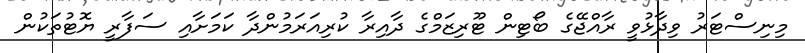
މިނިސްޓަރު ވިދާޅުވީ ރާއްޖޭގެ ބޯޓިން ޓޫރިޒަމްގެ ދާއިރާ ކުރިއަރަމުންދާ ކަމަށާއި ސަފާރީ ޔޮޓުތަކުން